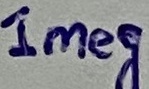
Text: 1meg